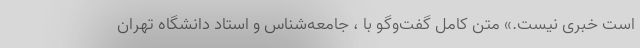
است خبری نیست.» متن کامل گفت‌وگو با ، جامعه‌شناس و استاد دانشگاه تهران